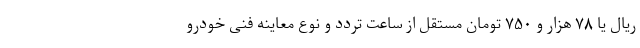
ریال یا ۷۸ هزار و ۷۵۰ تومان مستقل از ساعت تردد و نوع معاینه فنی خودرو